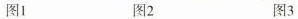
图1 图2 图3